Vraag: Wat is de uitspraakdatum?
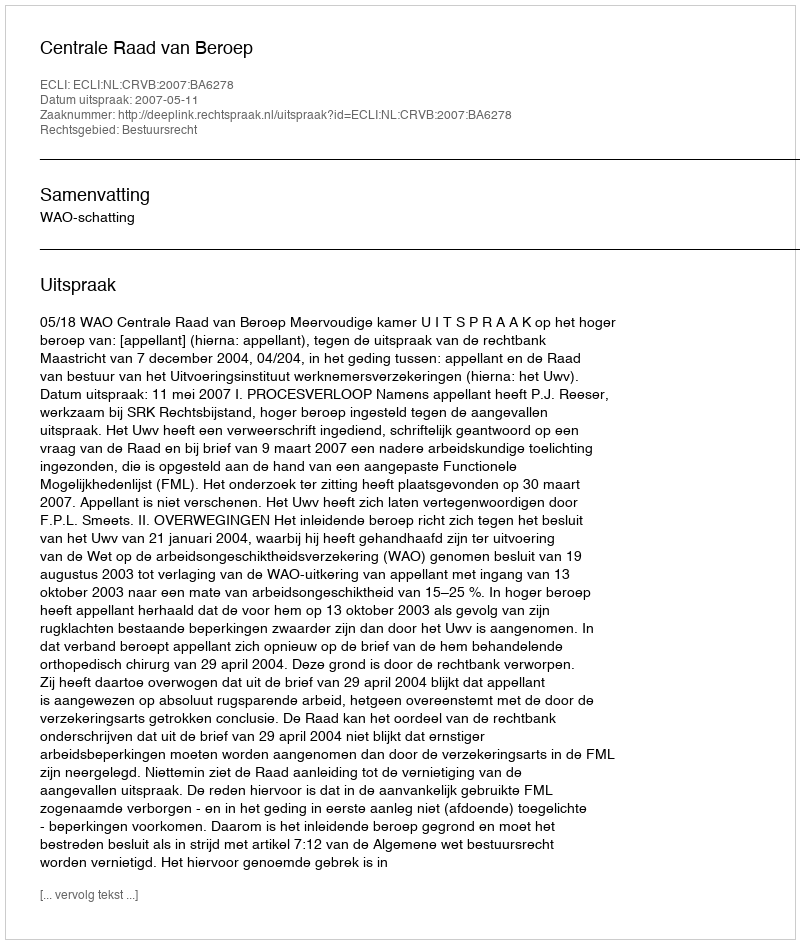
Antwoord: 2007-05-11